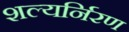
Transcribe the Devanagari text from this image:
शल्यर्निरण